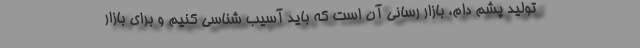
تولید پشم دام، بازار رسانی آن است که باید آسیب شناسی کنیم و برای بازار